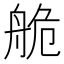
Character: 𦨹